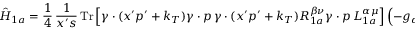
\hat { H } _ { 1 a } = \frac { 1 } { 4 } \, \frac { 1 } { x ^ { \prime } s } \, \mathrm { T r } \left[ \gamma \cdot ( x ^ { \prime } p ^ { \prime } + k _ { T } ) \gamma \cdot p \, \gamma \cdot ( x ^ { \prime } p ^ { \prime } + k _ { T } ) R _ { 1 a } ^ { \beta \nu } \gamma \cdot p \, L _ { 1 a } ^ { \alpha \mu } \right] \left( - g _ { \alpha \beta } \right) \left( - g _ { \mu \nu } \right) \ ,